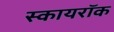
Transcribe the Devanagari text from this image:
स्कायरॉक